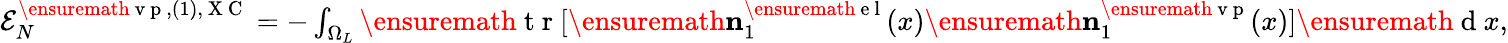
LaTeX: \begin{array}{r}{{\cal E}_{N}^{\ensuremath{\mathrm{~v~p~}},(1),\mathrm{~X~C~}}=-\int_{\Omega_{L}}\ensuremath{\mathrm{~t~r~}}[\ensuremath{\mathbf{n}}_{1}^{\ensuremath{\mathrm{~e~l~}}}(x)\ensuremath{\mathbf{n}}_{1}^{\ensuremath{\mathrm{~v~p~}}}(x)]\ensuremath{\mathrm{~d~}}x,}\end{array}